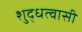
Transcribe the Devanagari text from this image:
शुद्धत्वासी